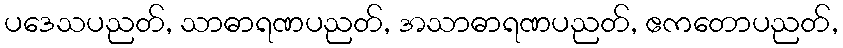
ပဒေသပညတ်, သာဓာရဏပညတ်, အသာဓာရဏပညတ်, ဧကတောပညတ်,